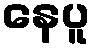
နေပူ